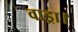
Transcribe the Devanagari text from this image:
वाड्रा।